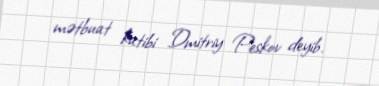
mətbuat katibi Dmitriy Peskov deyib.